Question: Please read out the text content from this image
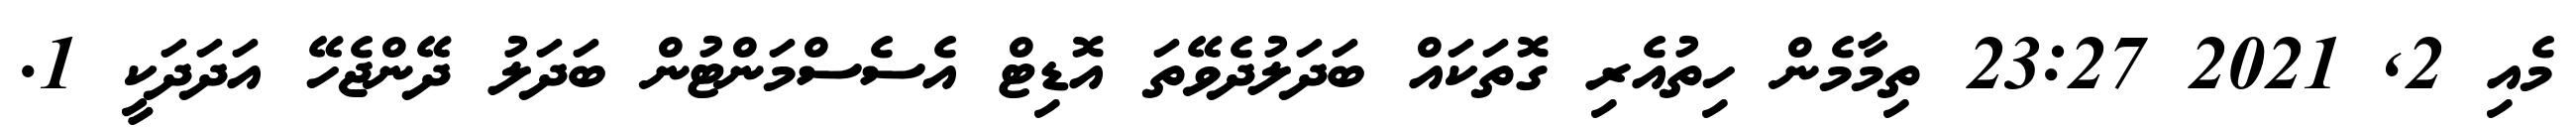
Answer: މެއި 2, 2021 23:27 ތިމާމެން ހިތުއެރި ގޮތަކައް ބަދަލުދެވޭތަ އޮޑިޓް އެސެސްމަންޓުން ބަދަލު ދޭންޖެހޭ އަދަދަކީ 1.